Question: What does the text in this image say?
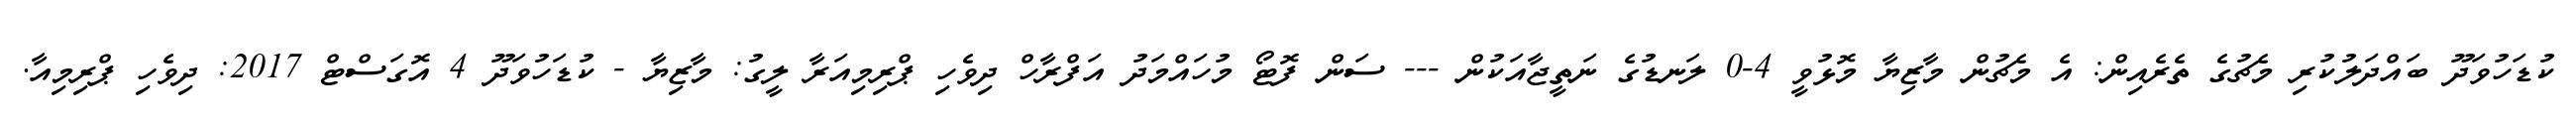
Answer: ކުޑަހުވަދޫ ބައްދަލުކުރި މެޗުގެ ތެރެއިން: އެ މެޗުން މާޒިޔާ މޮޅުވީ 4-0 ލަނޑުގެ ނަތީޖާއަކުން --- ސަން ފޮޓޯ މުހައްމަދު އަފްރާހް ދިވެހި ޕްރިމިއަރާ ލީގު: މާޒިޔާ - ކުޑަހުވަދޫ 4 އޮގަސްޓް 2017: ދިވެހި ޕްރިމިއާ.